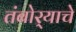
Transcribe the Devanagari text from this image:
तंबोर्‍याचे